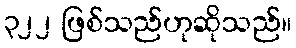
၃၂၂ ဖြစ်သည်ဟုဆိုသည်။